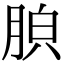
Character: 𦛤